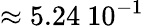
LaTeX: \approx 5.24~10^{-1}